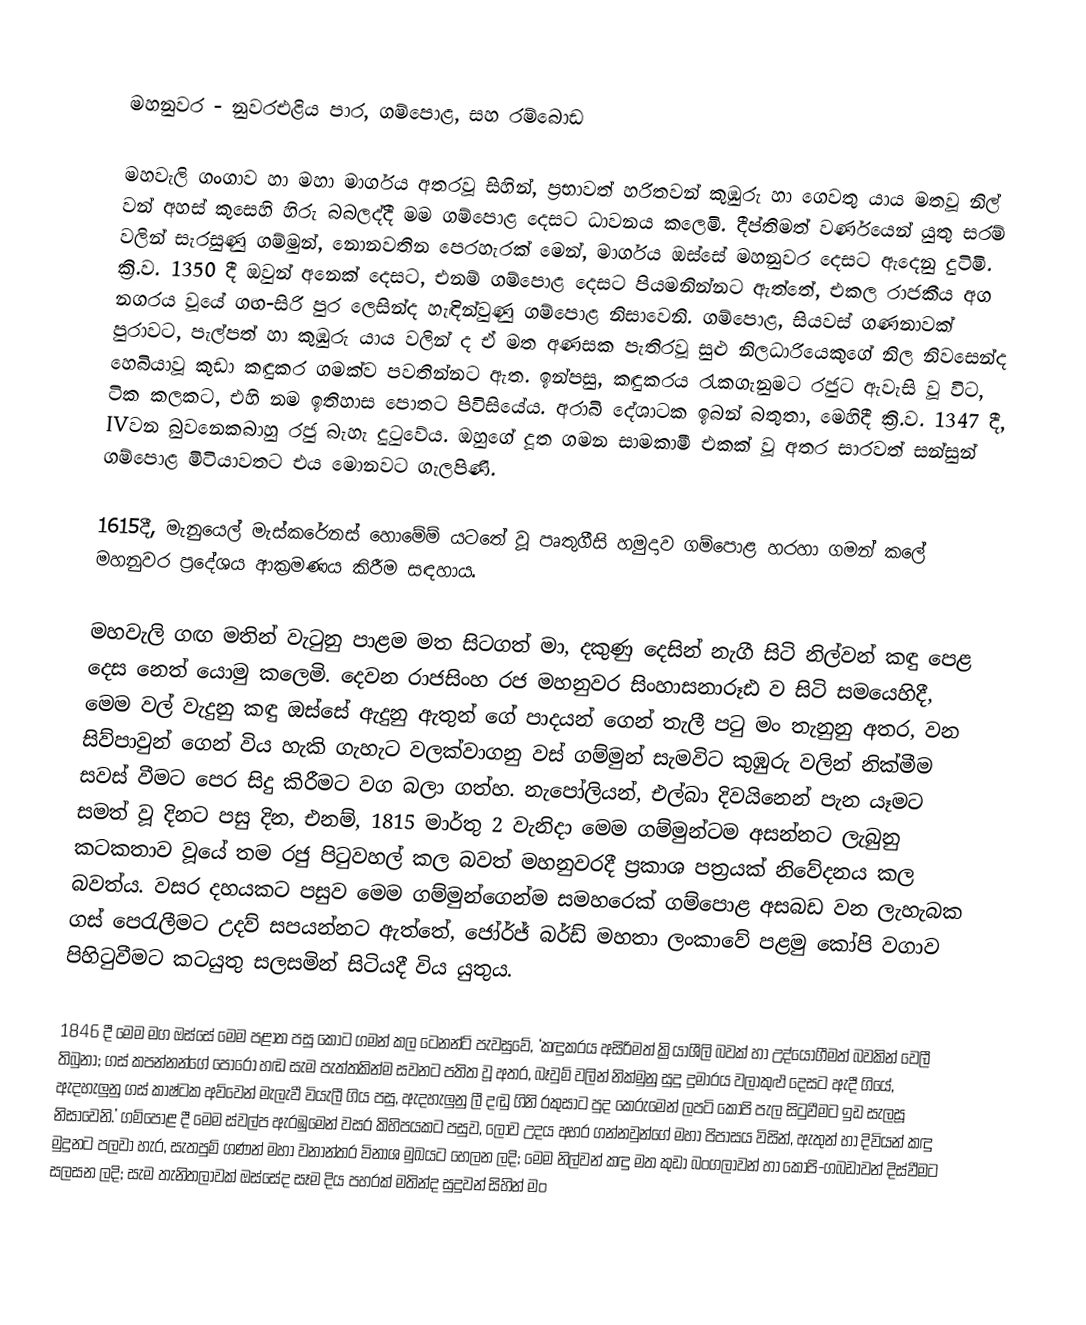

මහනුවර - නුවරඑළිය පාර, ගම්පොළ, සහ රම්බොඩ

මහවැලි ගංගාව හා මහා මාර්ගය අතරවූ සිහින්, ප්‍රභාවත් හරිතවන් කුඹුරු හා ගෙවතු යාය මතවූ නිල් වන් අහස් කුසෙහි හිරු බබලද්දී මම ගම්පොළ දෙසට ධාවනය කලෙමි.  දීප්තිමත් වර්ණයෙන් යුතු සරම් වලින් සැරසුණු ගම්මුන්,  නොනවතින පෙරහැරක් මෙන්, මාර්ගය ඔස්සේ   මහනුවර දෙසට ඇදෙනු දුටිමි. ක්‍රි.ව. 1350 දී ඔවුන් අනෙක් දෙසට, එනම් ගම්පොළ දෙසට පියමනින්නට ඇත්තේ, එකල රාජකීය අග නගරය වූයේ ගඟ-සිරි පුර ලෙසින්ද හැඳින්වුණු ගම්පොළ නිසාවෙනි.  ගම්පොළ, සියවස් ගණනාවක් පුරාවට, පැල්පත් හා කුඹුරු යාය වලින් ද ඒ මත අණසක පැතිරවූ සුළු නිලධාරියෙකුගේ නිල නිවසෙන්ද හෙබියාවූ කුඩා කඳුකර ගමක්ව පවතින්නට ඇත. ඉන්පසු, කඳුකරය රැකගැනුමට රජුට ඇවැසි වූ විට, ටික කලකට, එහි නම ඉතිහාස පොතට පිවිසියේය. අරාබි දේශාටක ඉබන් බතුතා, මෙහිදී ක්‍රි.ව. 1347 දී,  IVවන බුවනෙකබාහු රජු බැහැ දුටුවේය. ඔහුගේ දූත ගමන සාමකාමී එකක් වූ අතර සාරවත් සන්සුන් ගම්පොළ මිටියාවතට එය මොනවට ගැලපිණි.

1615දී, මැනුයෙල් මැස්කරේනස් හොමේම් යටතේ වූ පෘතුගීසි හමුදාව ගම්පොළ හරහා ගමන් කලේ මහනුවර ප්‍රදේශය ආක්‍රමණය කිරීම සඳහාය.

මහවැලි ගඟ මතින් වැටුනු පාළම මත සිටගත් මා, දකුණු දෙසින් නැගී සිටි නිල්වන් කඳු පෙළ දෙස නෙත් යොමු කලෙමි.  දෙවන රාජසිංහ රජ   මහනුවර සිංහාසනාරූඪ ව සිටි සමයෙහිදී, මෙම වල් වැදුනු කඳු ඔස්සේ ඇදුනු ඇතුන් ගේ පාදයන් ගෙන් තැලී පටු මං  තැනුනු අතර, වන සිව්පාවුන් ගෙන් විය හැකි ගැහැට වලක්වාගනු වස්   ගම්මුන් සැමවිට කුඹුරු වලින් නික්මීම සවස් වීමට පෙර සිදු කිරීමට වග බලා ගත්හ. නැපෝලියන්, එල්බා දිවයිනෙන් පැන යෑමට සමත් වූ දිනට පසු දින,  එනම්,  1815 මාර්තු 2 වැනිදා මෙම ගම්මුන්ටම අසන්නට ලැබුනු කටකතාව වූයේ තම රජු පිටුවහල් කල බවත් මහනුවරදී ප්‍රකාශ පත්‍රයක් නිවේදනය කල බවත්ය. වසර දහයකට පසුව මෙම ගම්මුන්ගෙන්ම සමහරෙක් ගම්පොළ අසබඩ වන ලැහැබක ගස් පෙරැලීමට   උදව් සපයන්නට ඇත්තේ,   ජෝර්ජ් බර්ඩ් මහතා ලංකාවේ පළමු කෝපි වගාව පිහිටුවීමට කටයුතු සලසමින් සිටියදී විය යුතුය.

1846 දී මෙම මග ඔස්සේ මෙම පළාත පසු කොට ගමන් කල ටෙනන්ට් පැවසුවේ, ‘කඳුකරය අසිරිමත් ක්‍රියාශීලි බවක් හා උද්යෝගීමත් බවකින් වෙලී තිබුනා‍; ගස් කපන්නන්ගේ පොරෝ හඬ සැම පැත්තකින්ම සවනට පතිත වූ අතර, බෑවුම් වලින් නික්මුනු සුදු දුමාරය වලාකුළු දෙසට ඇදී ගියේ, ඇදහැලුනු ගස් කාෂ්ටක අව්වෙන් මැලැවී වියැලී ගිය පසු, ඇදහැලුනු ලී දඬු ගිනි රකුසාට පුද කෙරුමෙන් ලපටි කෝපි පැල සිටුවීමට ඉඩ සැලසූ නිසාවෙනි.’ ගම්පොළ දී මෙම ස්වල්ප ඇරඹුමෙන් වසර කිහිපයකට පසුව, ලොව උදය අහර ගන්නවුන්ගේ මහා පිපාසය විසින්, ඇතුන් හා දිවියන් කඳු මුදුනට පලවා හැර, සැතපුම් ගණන් මහා වනාන්තර විනාශ මුඛයට හෙලන ලදි; මෙම නිල්වන් කඳු මත කුඩා බංගලාවන් හා කෝපි-ගබඩාවන් දිස්වීමට සලසන ලදි; සැම තැනිතලාවක් ඔස්සේද සෑම දිය පහරක් මතින්ද සුදුවන් සිහින් මං